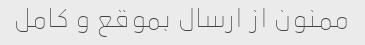
ممنون از ارسال بموقع و کامل